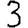
Digit: 3